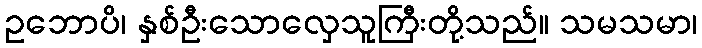
ဥဘောပိ၊ နှစ်ဦးသောလှေသူကြီးတို့သည်။ သမသမာ၊